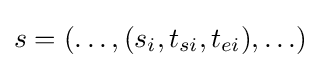
s=(\ldots ,(s_{i},t_{si},t_{ei}),\ldots )